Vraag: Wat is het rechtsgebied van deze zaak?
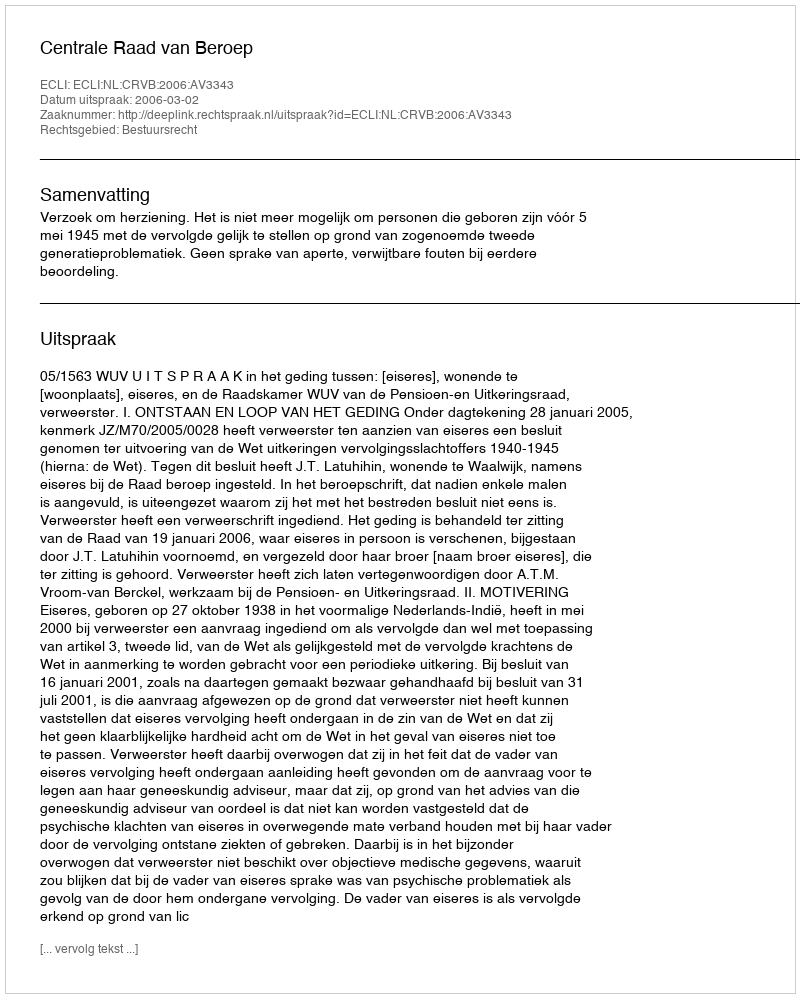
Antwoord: Bestuursrecht